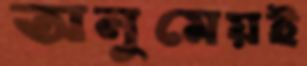
অনুমেয়ই